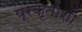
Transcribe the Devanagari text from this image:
प्रकृतीशीं